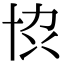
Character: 𫝓